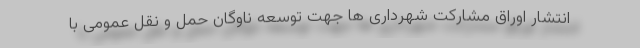
انتشار اوراق مشارکت شهرداری ها جهت توسعه ناوگان حمل و نقل عمومی با